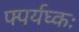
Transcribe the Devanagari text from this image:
फ्पर्यघ्कः